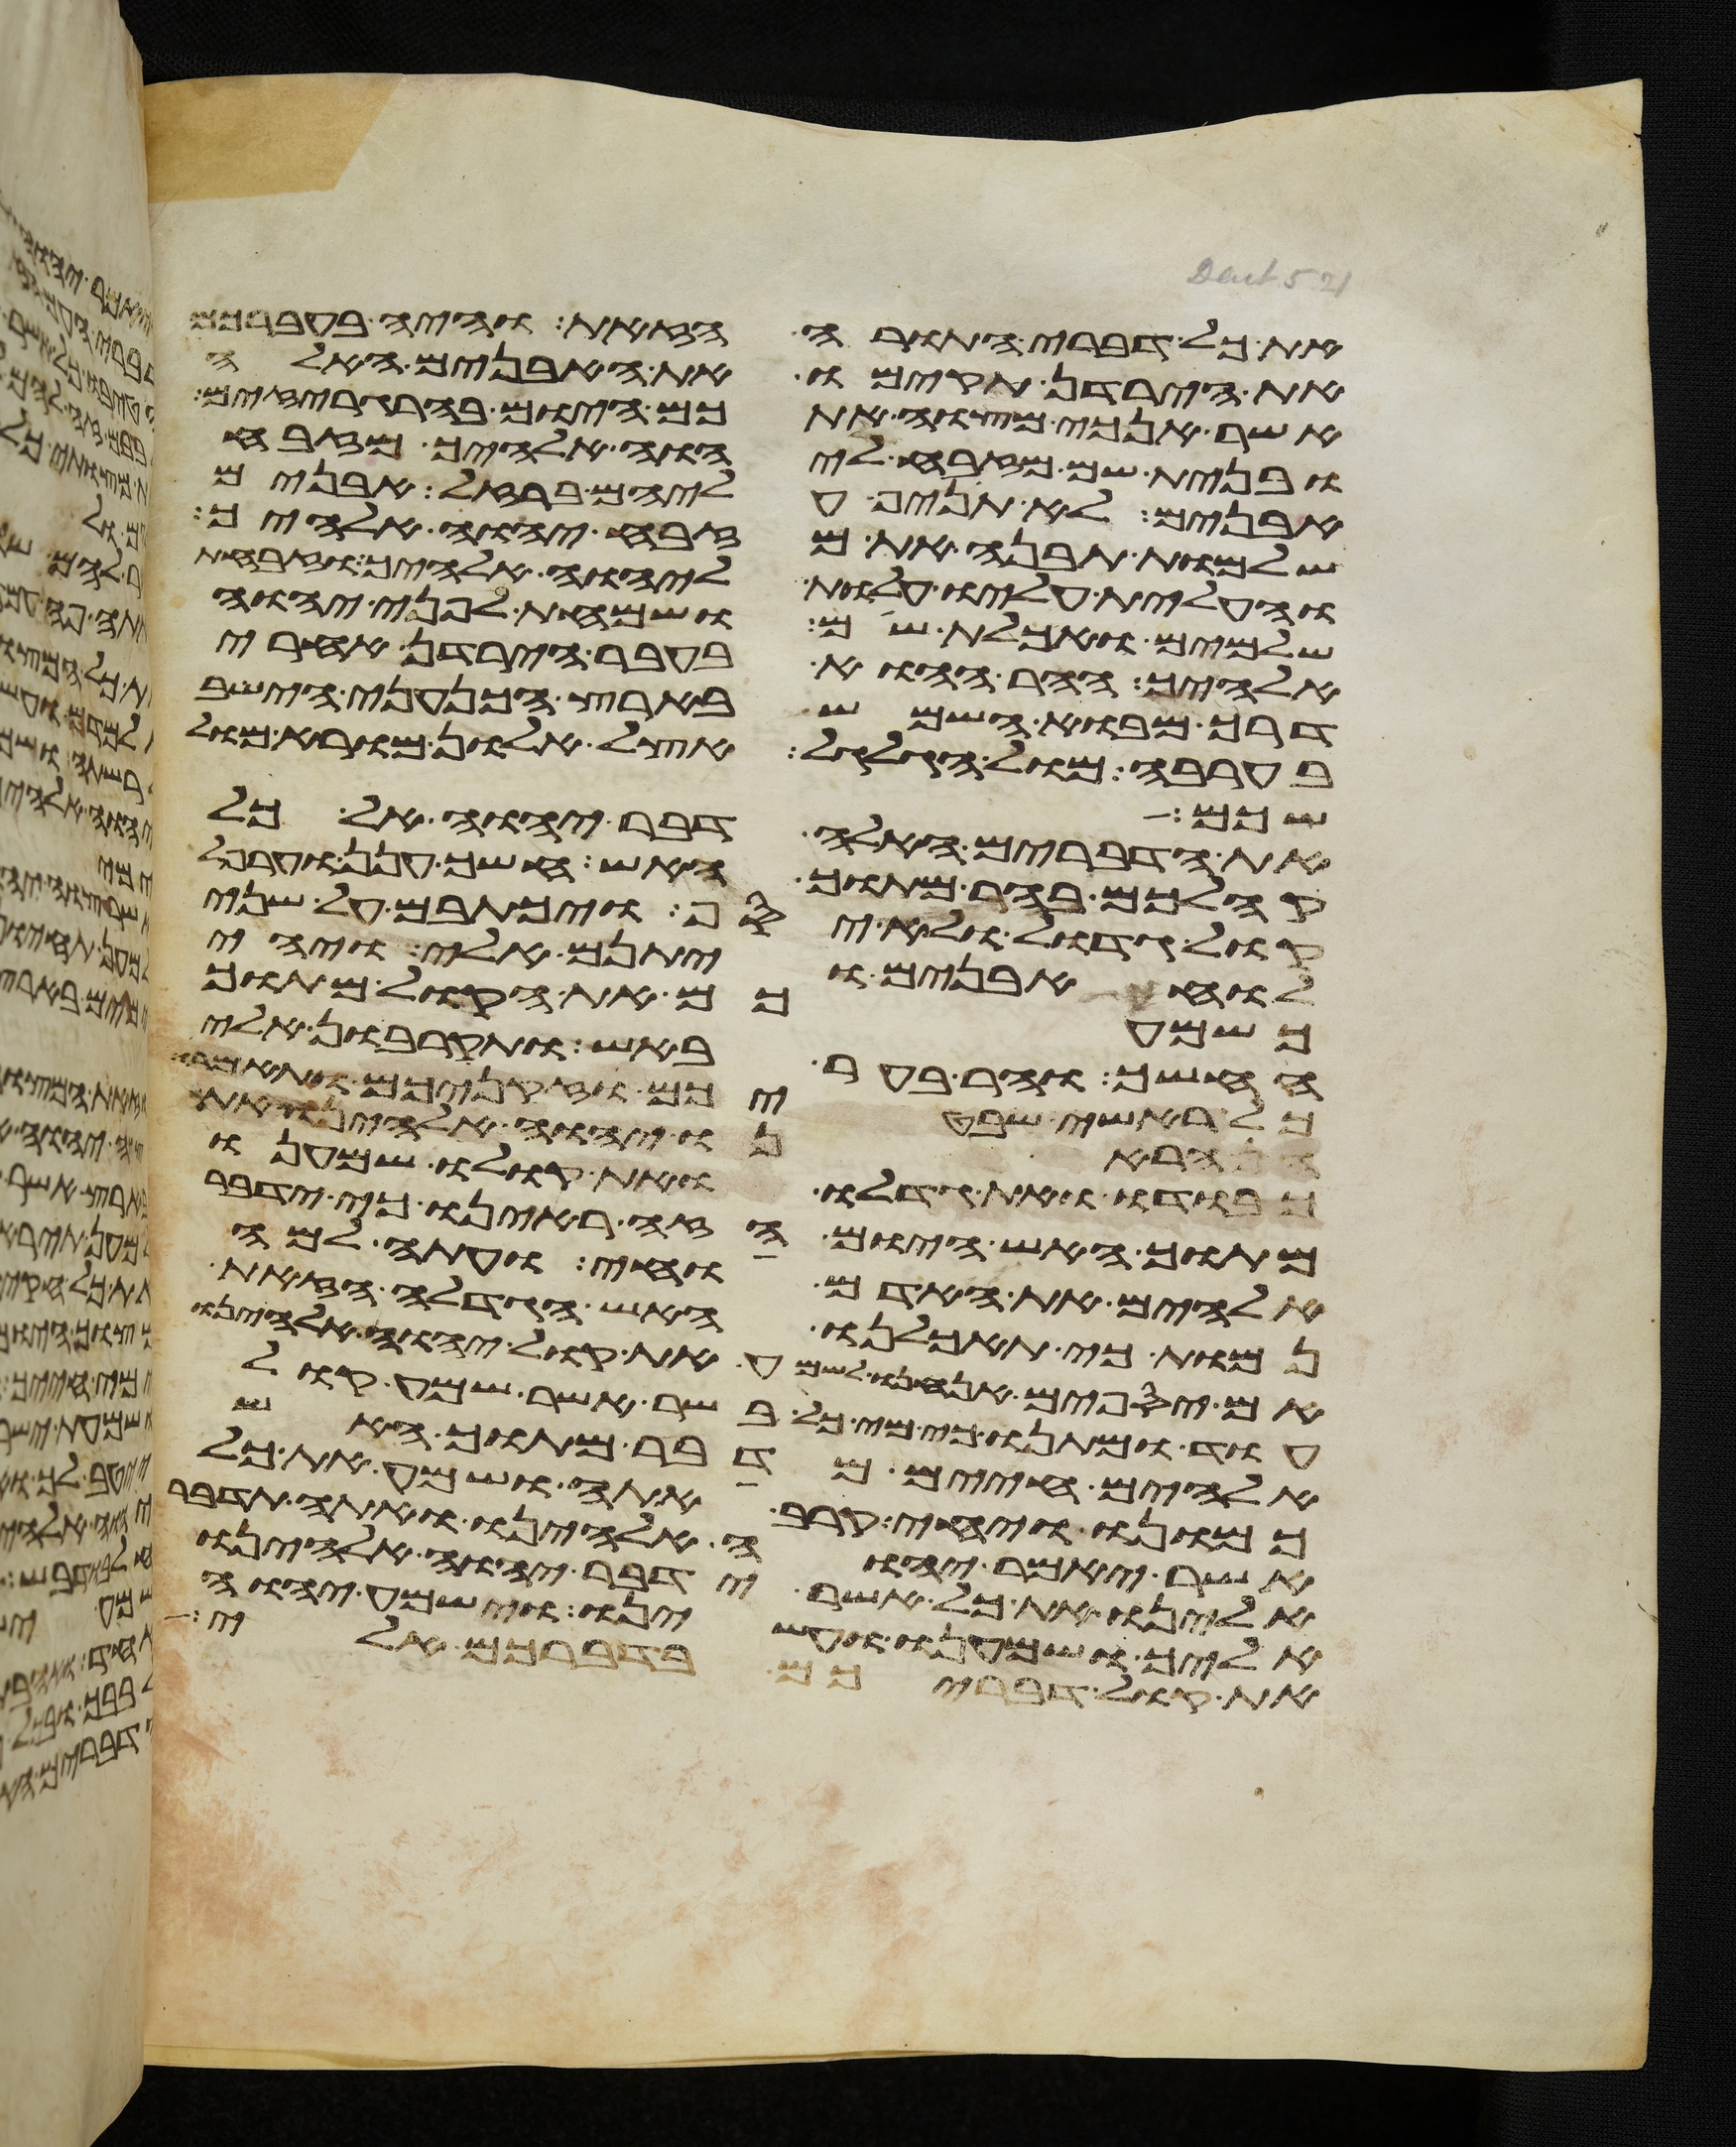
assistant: את כל דברי התורה הזאת והיה בעברכם
את הירדן תקימו את האבנים האלה
אשר אנכי מצוה אתכם היום בהרגריזים
ובנית שם מזבח ליהוה אלהיך מזבח
אבנים לא תניף עליהם ברזל אבנים
שלמות תבנה את מזבח יהוה אלהיך
והעלית עליו עלות ליהוה אלהיך וזבחת
שלמים ואכלת שם ושמחת לפני יהוה
אלהיך ההר ההוא בעבר הירדן אחרי
דרך מבוא השמש בארץ הכנעני הישב
בערבה מול הגלגל אצל אלון מורא מול
שכם
את הדברים האלה דבר יהוה אל כל
קהלכם בהר מתוך האש חשך ענן וערפל
קול גדול ולא יסף ויכתבם על שני
לוחת אבנים ויתנם אלי ויהי
כשמעכם את הקול מתוך
החשך וההר בער באש ותקרבון אלי
כל ראשי שבטיכם וזקניכם ותאמרו
הראנו יהוה אלהינו את
כבודו ואת גדלו ואת קולו שמענו
מתוך האש היום הזה ראינו כי ידבר
אלהים את האדם וחי ועתה למה
נמות כי תאכלנו האש הגדלה הזאת
אם יספים אנחנו לשמע את קול יהוה אלהינו
עוד ומתנו כי מי כל בשר אשר שמע קול
אלהים חיים מדבר מתוך האש
כמונו ויחי קרב אתה ושמע את כל
אשר יאמר יהוה אלהינו ואתה תדבר
אלינו את כל אשר ידבר יהוה אלהינו
אליך ושמענו ועשינו וישמע יהוה
את קול דבריכם בדברכם אלי